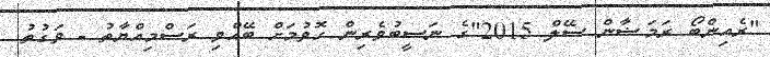
"ރެއިންބޯ ރަމަޟާން ސޭލް 2015"ގެ ނަސީބުވެރިން ހޮވުމަށް ބޭއްވި ރަސްމިއްޔާތު - ވަގުތު